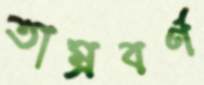
তাম্রবর্ণ